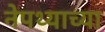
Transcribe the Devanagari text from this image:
नेपथ्याच्या